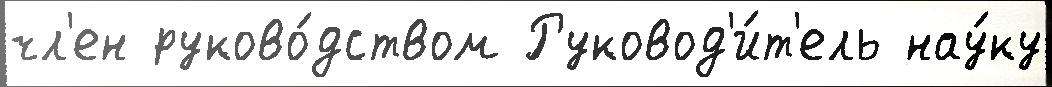
чл'ен руково́дством Руковод'и́т'ель нау́ку